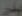
بدر